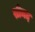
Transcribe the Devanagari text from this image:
स्रीमद